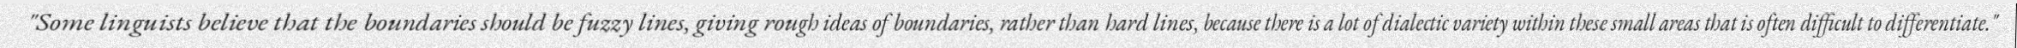
"Some linguists believe that the boundaries should be fuzzy lines, giving rough ideas of boundaries, rather than hard lines, because there is a lot of dialectic variety within these small areas that is often difficult to differentiate."